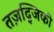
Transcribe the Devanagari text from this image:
तज़द्जिकी